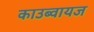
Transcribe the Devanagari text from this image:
काउब्वायज